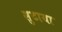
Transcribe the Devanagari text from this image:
सुटाया